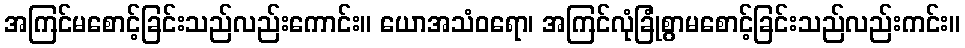
အကြင်မစောင့်ခြင်းသည်လည်းကောင်း။ ယောအသံဝရော၊ အကြင်လုံခြုံစွာမစောင့်ခြင်းသည်လည်းကင်း။